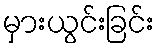
မှားယွင်းခြင်း